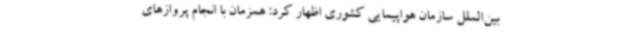
بین‌الملل سازمان هواپیمایی کشوری اظهار کرد: همزمان با انجام پروازهای